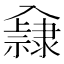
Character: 𨾁